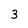
Character: 3